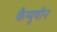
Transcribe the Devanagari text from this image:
कैप्युषीन